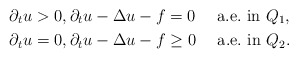
\begin{align*}&\partial_t u>0,\partial_t u-\Delta u-f= 0\quad\mbox{ a.e.~in }Q_1,\\&\partial_t u=0,\partial_t u-\Delta u-f\ge 0\quad\mbox{ a.e.~in }Q_2.\end{align*}